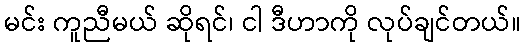
မင်း ကူညီမယ် ဆိုရင်၊ ငါ ဒီဟာကို လုပ်ချင်တယ်။